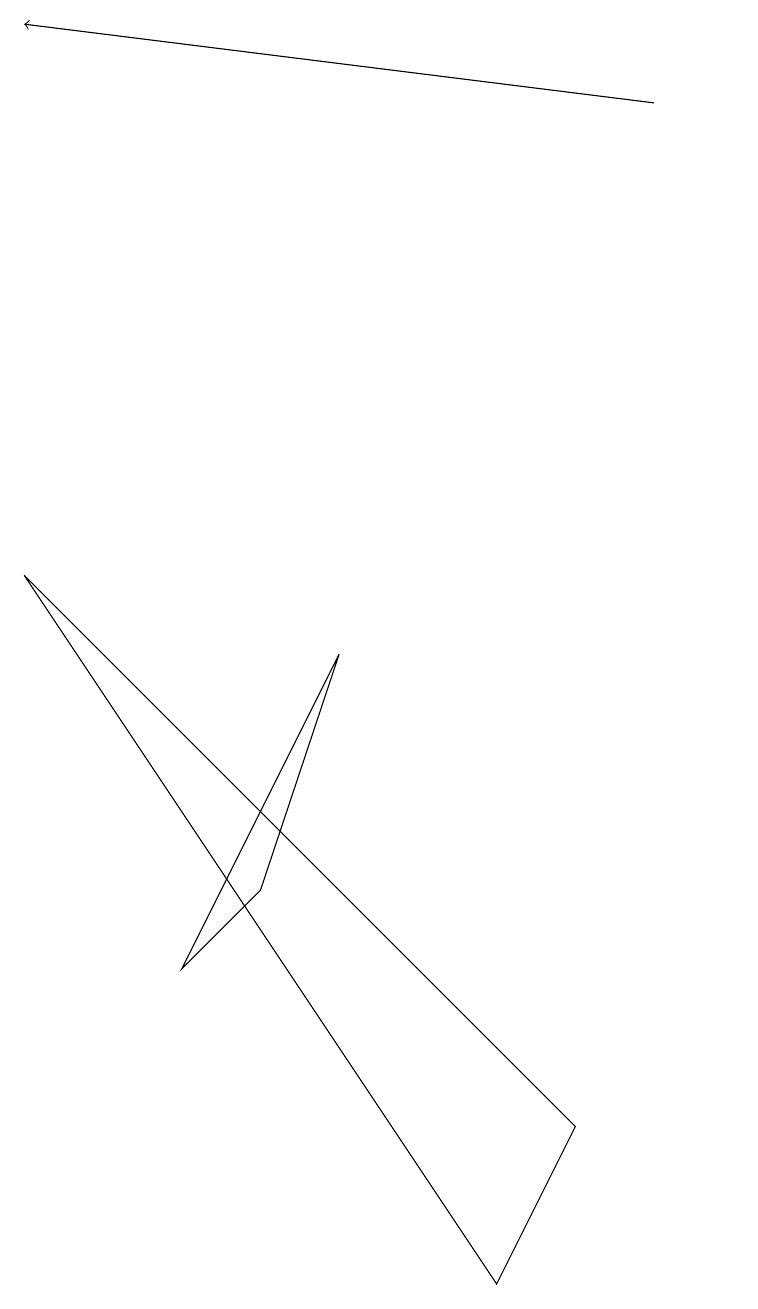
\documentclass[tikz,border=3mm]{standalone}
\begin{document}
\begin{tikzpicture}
\draw (4,8) -- (3,5) -- (2,4) -- cycle;
\draw (7,2) -- (6,0) -- (0,9) -- cycle;
\draw (9,15) rectangle (9,15);
\draw[->] (8,15) -- (0,16);
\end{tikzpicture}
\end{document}